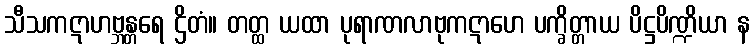
သီသကဋာဟဗ္ဘန္တရေ ဌိတံ။ တတ္ထ ယထာ ပုရာဏလာဗုကဋာဟေ ပက္ခိတ္တာယ ပိဋ္ဌပိဏ္ဍိယာ န